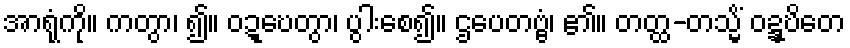
အာရုံကို။ ကတွာ၊ ၍။ ဝဍ္ဎေတွာ၊ ပွါးစေ၍။ ဌပေတဗ္ဗံ၊ ၏။ တတ္ထ-တသ္မိံ ဝဍ္ဍ္ဎိတေ